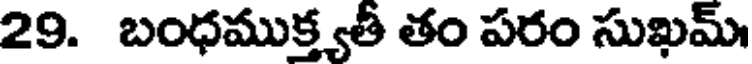
29. బంధముక్త్యతీ తం పరం సుఖమ్